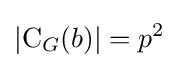
\left|\operatorname {C} _{G}(b)\right|=p^{2}